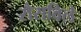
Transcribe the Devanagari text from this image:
रौसविले